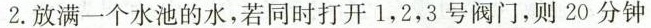
2.放满一个水池的水，若同时打开1，2，3号阀门，则20分钟